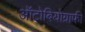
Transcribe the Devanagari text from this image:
ऑटोबियोग्राफी